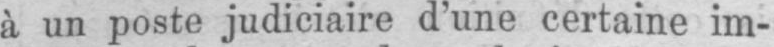
à un poste judiciaire d’une certaine im-